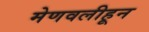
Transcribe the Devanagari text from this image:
मेणवलीहून